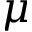
\mu